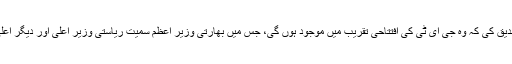
تاہم انہوں نے اس بات کی تصدیق کی کہ وہ جی ای ٹی کی افتتاحی تقریب میں موجود ہوں گی، جس میں بھارتی وزیر اعظم سمیت ریاستی وزیر اعلیٰ اور دیگر اعلیٰ عہدیدار بھی شامل ہوں گے۔